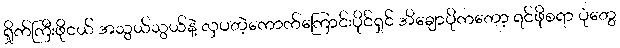
ရှိုက်ကြီးဖိုငယ် အသွယ်သွယ်နဲ့ လှပတဲ့ကောက်ကြောင်းပိုင်ရှင် အိချောပိုကတော့ ရင်ဖိုစရာ ပုံတွေ